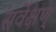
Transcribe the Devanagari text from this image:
सर्वेक्षण्